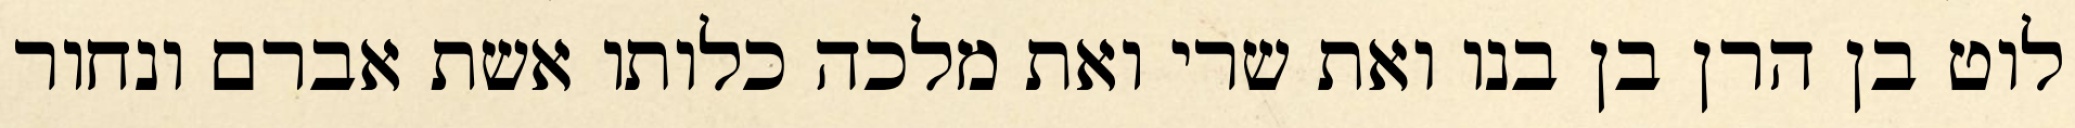
לוט בן הרן בן בנו ואת שרי ואת מלכה כלותו אשת אברם ונחור